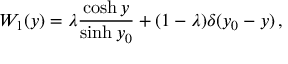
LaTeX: W _ { 1 } ( y ) = \lambda \frac { \cosh y } { \sinh y _ { 0 } } + ( 1 - \lambda ) \delta ( y _ { 0 } - y ) \, ,